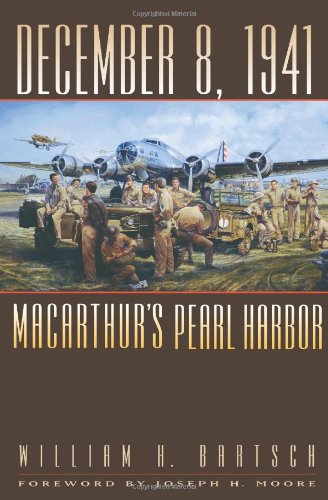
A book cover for December 8, 1941: MacArthur's Pearl Harbor (Williams-Ford Texas A&M University Military History Series); William H. Bartsch; History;